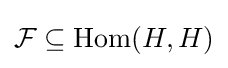
{\mathcal {F}}\subseteq \operatorname {Hom} (H,H)